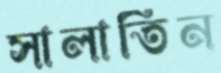
সালাতিন